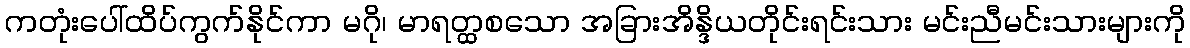
ကတုံးပေါ်ထိပ်ကွက်နိုင်ကာ မဂို၊ မာရတ္ထစသော အခြားအိန္ဒိယတိုင်းရင်းသား မင်းညီမင်းသားများကို